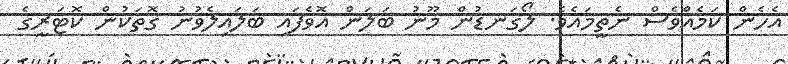
އެހެން ކަމެއްވެސް ނެތީމައެވެ. ލޯގަނޑުން މޫނު ބަލަން އޮވެފައި ބަލައިލެވުނު ގޮތަކުން ކޮޓަރީގެ